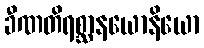
ခီဏတိရစ္ဆာနယောနိယော